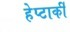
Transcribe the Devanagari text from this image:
हेप्टार्की